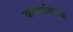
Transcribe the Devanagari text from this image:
कोर्टातल्या